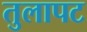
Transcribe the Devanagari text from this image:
तुलापट